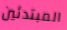
المبتدئين